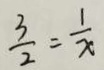
\frac { 3 } { 2 } = \frac { 1 } { x }